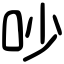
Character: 吵